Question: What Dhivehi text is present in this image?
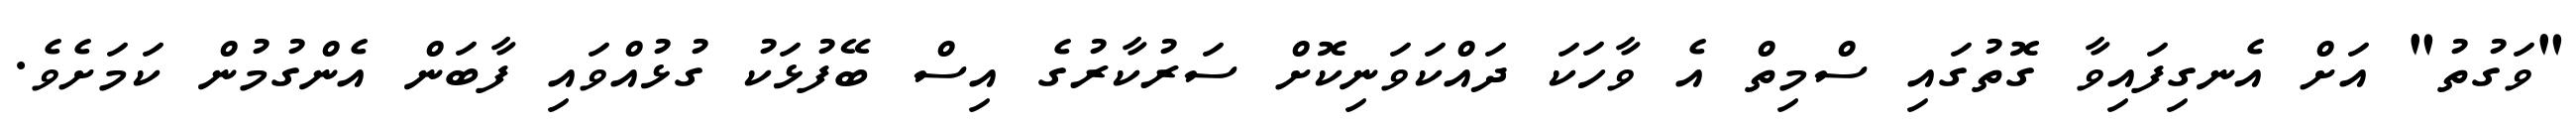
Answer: "ވަގުތު" އަށް އެނގިފައިވާ ގޮތުގައި ސްމިތް އެ ވާހަކަ ދައްކަވަނިކޮށް ސަރުކާރުގެ އިސް ބޭފުޅަކު ގުޅުއްވައި ފާބަން އެންގުމުން ކަމަށެވެ.